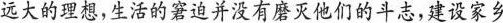
远大的理想，生活的窘迫并没有磨灭他们的斗志，建设家乡